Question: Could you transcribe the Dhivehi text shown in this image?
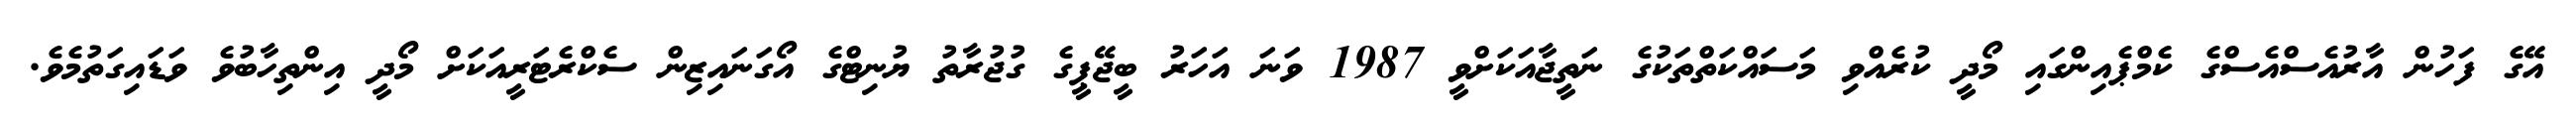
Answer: އޭގެ ފަހުން އާރުއެސްއެސްގެ ކެމްޕެއިންގައި މޯދީ ކުރެއްވި މަސައްކަތްތަކުގެ ނަތީޖާއަކަށްވީ 1987 ވަނަ އަހަރު ބީޖޭޕީގެ ގުޖުރާތު ޔުނިޓްގެ އޯގަނައިޒިން ސެކްރެޓަރީއަކަށް މޯދީ އިންތިހާބުވެ ވަޑައިގަތުމެވެ.